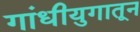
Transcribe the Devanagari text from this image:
गांधीयुगातून